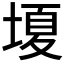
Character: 𡏘